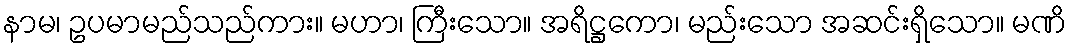
နာမ၊ ဥပမာမည်သည်ကား။ မဟာ၊ ကြီးသော။ အရိဋ္ဌကော၊ မည်းသော အဆင်းရှိသော။ မဏိ